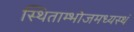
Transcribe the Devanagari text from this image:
स्थिताम्भोजमध्यस्थं